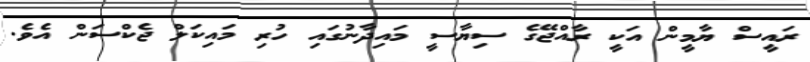
ރައީސް ޔާމީން އަކީ ރާއްޖޭގެ ސިޔާސީ މައިދާނުގައި ހުރި މައިކަލް ޖެކްސަން އެވެ.